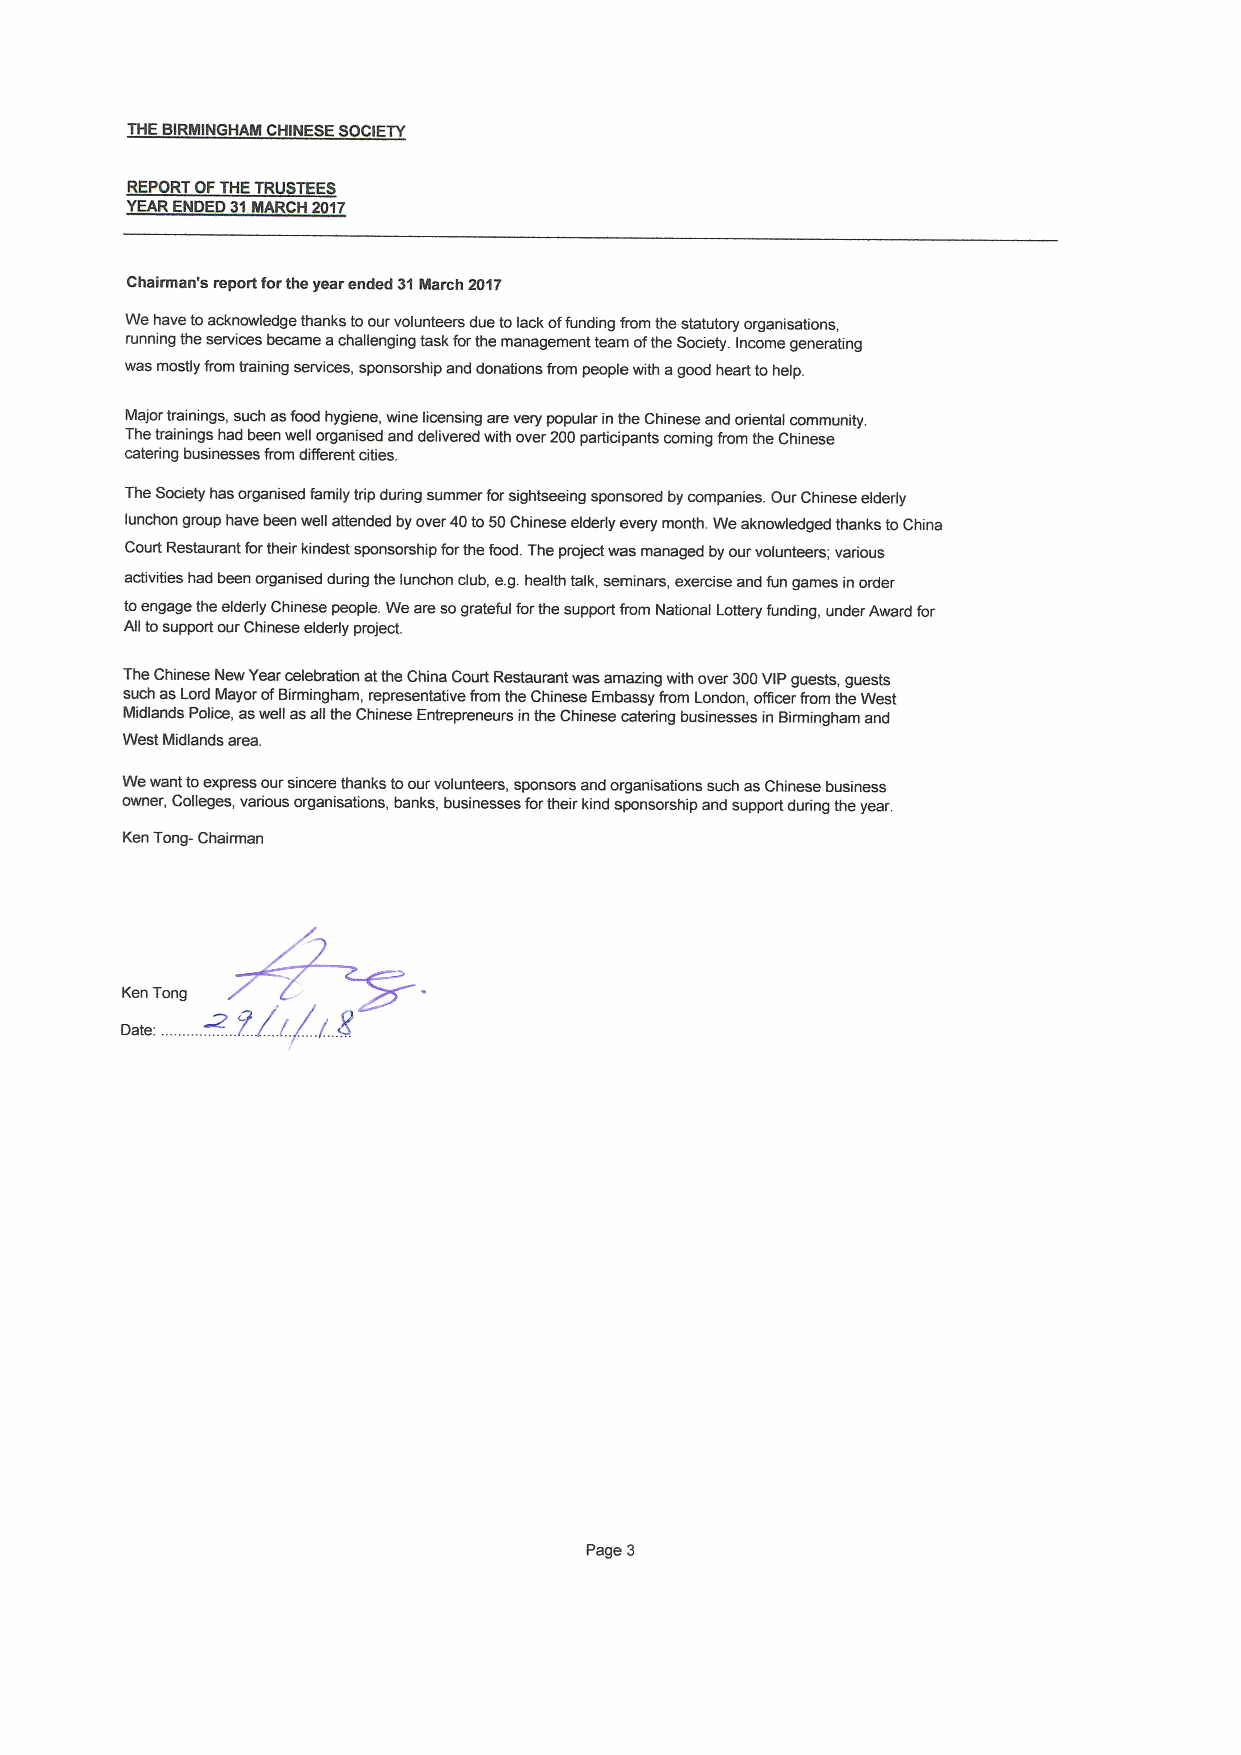
THEBIRMINGHAM CHINESE SOCIETY
 REPORT OFTHETRU ES
 YEARENDED 31MARCH 2017
 Chairman's report forthe year ended 31March Sl17
 Wehave toacknowledge thanks toour volunteers due tolackoffunding from the statutory organisations,
 running the services became achallenging task forthe management team ofthe Society. Income generating
 was mostly from training services, sponsorship and donations from people with agood heart tohelp.
 Major trainings, such asfood hygiene, wine licensing arevery popular inthe Chinese and oriental community.
 Thetrainings had been well organised and delivered with over 200participants coming from the Chinese
 catering businesses from different cities.
 The Society has organised family trip dudng summer forsightseeing sponsored bycompanies. Our Chinese elderly
 lunchon group have been well attended byover 40to50Chinese elderly every month. Weaknowledged thanks toChina
 Court Restaurant fortheir kindest sponsorship forthe food. The project was managed byour volunteers; various
 activities had been organised during the lunchon club, e.g.health talk, seminars, exercise and fun games in order
 toengage the elderly Chinese people. Weare sograteful forthe support from National Lottery funding, under Award for
 All tosupport our Chinese elderly project.
 The Chinese New Yearcelebration atthe China Court Restaurant was amazing with over 300VIPguests, guests
 such asLord Mayor ofBirmingham, representative from the Chinese Embassy from London, ofhcer from the West
 Midlands Police, aswell asall the Chinese Entrepreneurs in the Chinese catering businesses in Birmingham and
 West Midlands area.
 Wewant toexpress our sincere thanks toour volunteers, sponsors and organisations such asChinese business
 owner, Colleges, various organisations, banks, businesses fortheir kind sponsorship and support during the year.
 Ken Tong- Chairman
 Ken Tong ~
 tl'(/r
 8
 Page 3